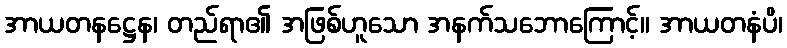
အာယတနဋ္ဌေန၊ တည်ရာ၏ အဖြစ်ဟူသော အနက်သဘောကြောင့်။ အာယတနံပိ၊